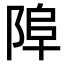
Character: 𨹺